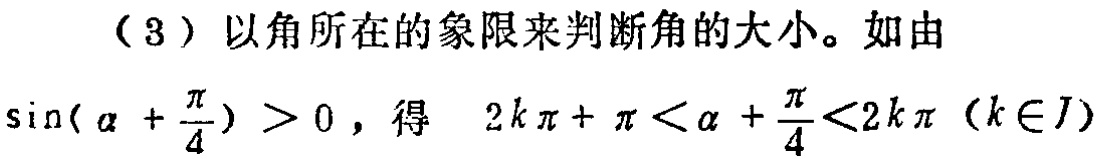
（3）以角所在的象限来判断角的大小。如由
\(\sin(\alpha +\frac{\pi}{4}) > 0\)，得 \(2k\pi+\pi<\alpha +\frac{\pi}{4}<2k\pi\)（\(k\in J\)）